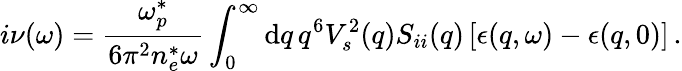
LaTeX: i\nu(\omega)=\frac{\omega_{p}^{*}}{6\pi^{2}n_{e}^{*}\omega}\int_{0}^{\infty}\mathrm{d}q\, q^{6}V_{s}^{2}(q)S_{ii}(q)\left[\epsilon(q,\omega)-\epsilon(q,0)\right]\, .